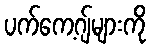
ပက်ကေ့ဂျ်များကို